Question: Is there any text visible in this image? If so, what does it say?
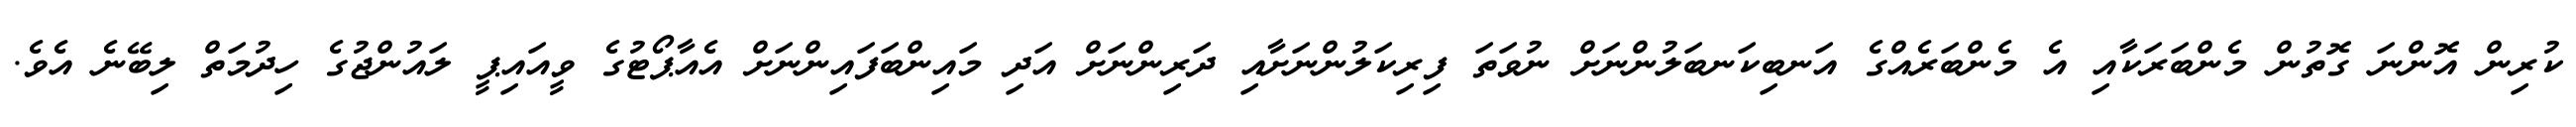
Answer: ކުރިން އޮންނަ ގޮތުން މެންބަރަކާއި އެ މެންބަރެއްގެ އަނބިކަނބަލުންނަށް ނުވަތަ ފިރިކަލުންނަށާއި ދަރިންނަށް އަދި މައިންބަފައިންނަށް އެއާޕޯޓުގެ ވީއައިޕީ ލައުންޖުގެ ހިދުމަތް ލިބޭނެ އެވެ.